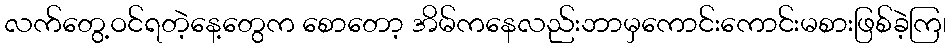
လက်တွေ့ဝင်ရတဲ့နေ့တွေက စောတော့ အိမ်ကနေလည်းဘာမှကောင်းကောင်းမစားဖြစ်ခဲ့ကြ၊